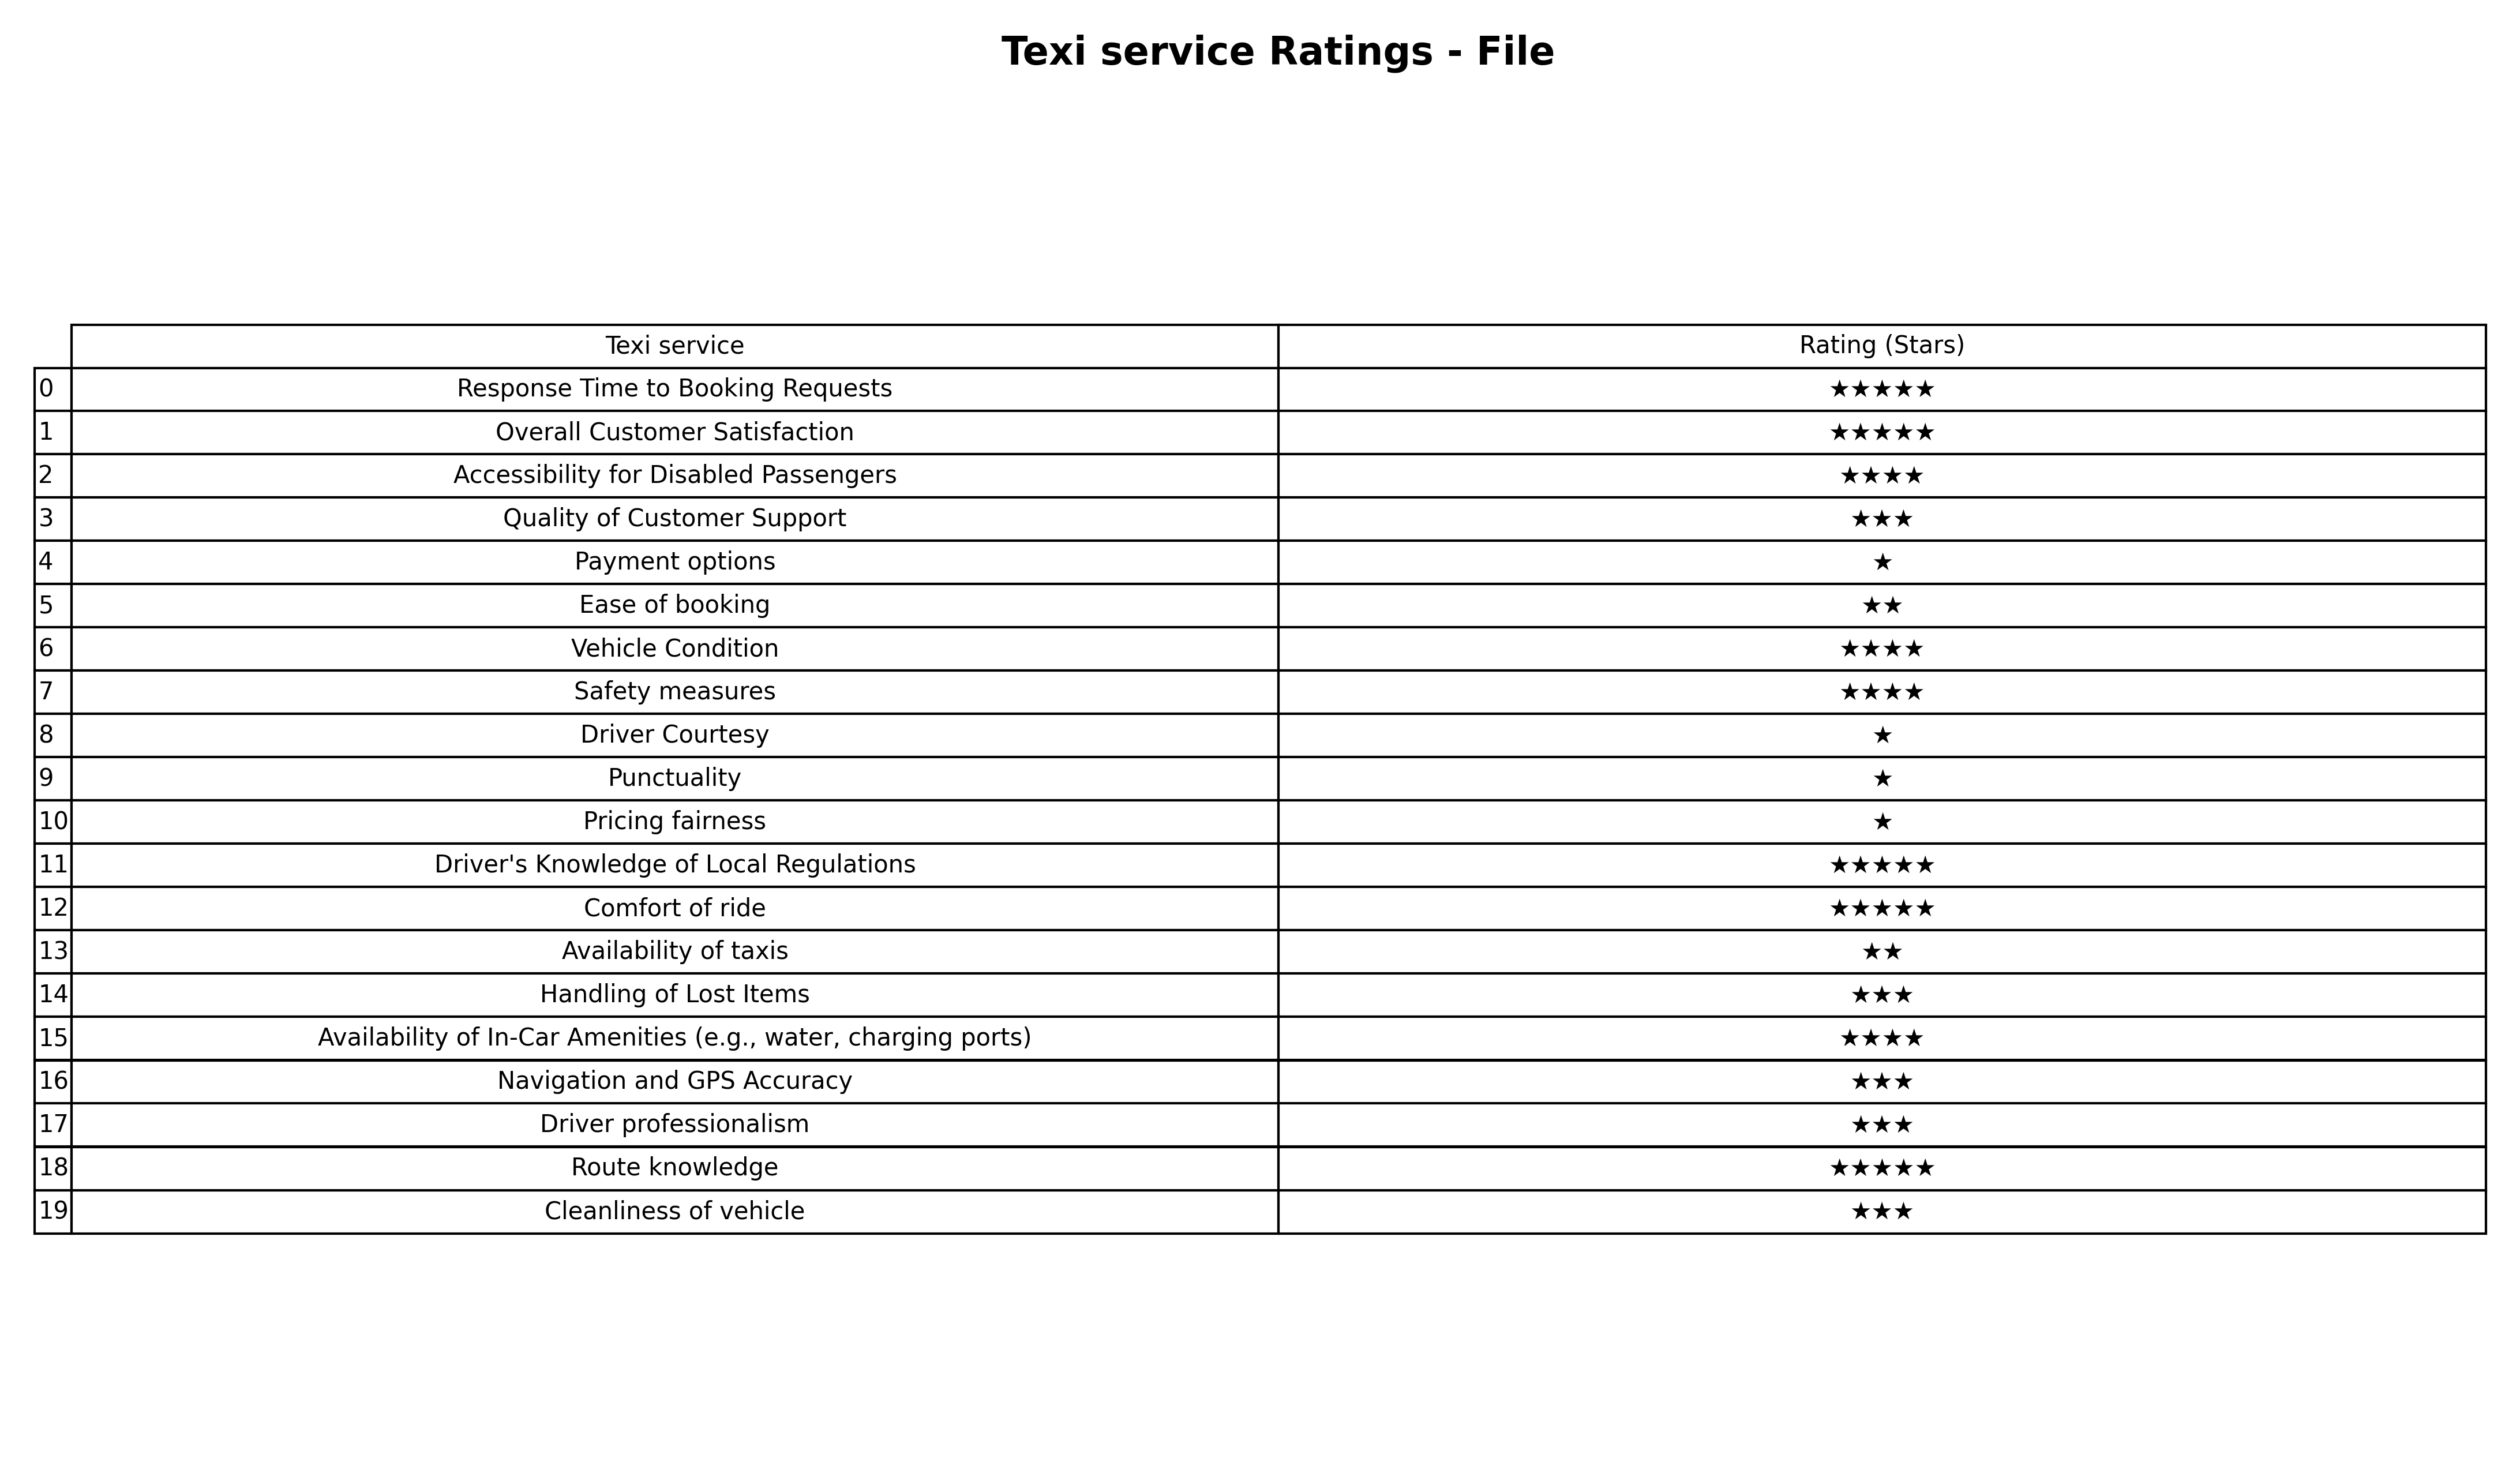
question: What is the rating of Punctuality?
answer: ★